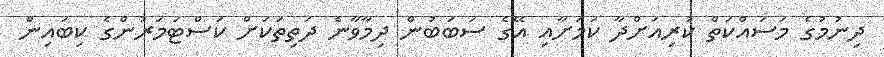
ދިނުމުގެ މަސައްކަތް ކުރިއަށްދާ ކަމަށާއި އޭގެ ސަބަބުން ދިމާވާނެ ދަތިތަކަށް ކަސްޓަމަރުންގެ ކިބައިން